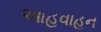
આહવાહન